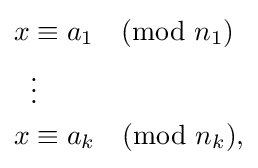
{\begin{aligned}x&\equiv a_{1}{\pmod {n_{1}}}\\&\vdots \\x&\equiv a_{k}{\pmod {n_{k}}},\\\end{aligned}}